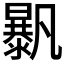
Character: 𣋰